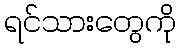
ရင်သားတွေကို